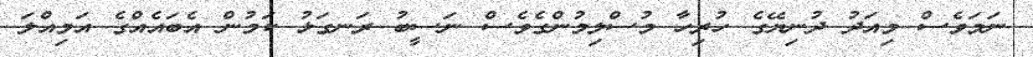
ނަމަވެސް މިއަދު ދުނިޔޭގެ ހުރިހާ މުސްލިމުންގެވެސް ނަސީބު ރަނގަޅު ކަމުން އެބައެއްގެ އަމިއްލަ